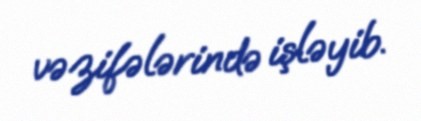
vəzifələrində işləyib.